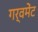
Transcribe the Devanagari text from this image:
गर्वमेंट